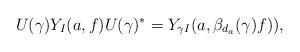
LaTeX: \begin{align*} U(\gamma)Y_I(a,f)U(\gamma)^*=Y_{\gamma I}(a, \beta_{d_a}(\gamma)f)),\end{align*}